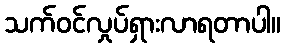
သက်ဝင်လှုပ်ရှားလာရတာပါ။